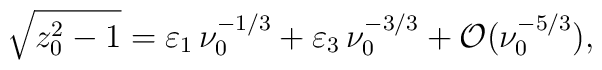
\sqrt{z_0^2 -1}=\varepsilon_1 \, \nu_0^{-1/3} +  \varepsilon_3 \, \nu_0^{-3/3} +  {\cal O}(\nu_0^{-5/3}),